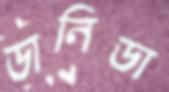
ডানিডা